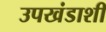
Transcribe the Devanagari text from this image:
उपखंडाशी